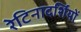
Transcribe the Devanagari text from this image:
रेटिनादर्शियों